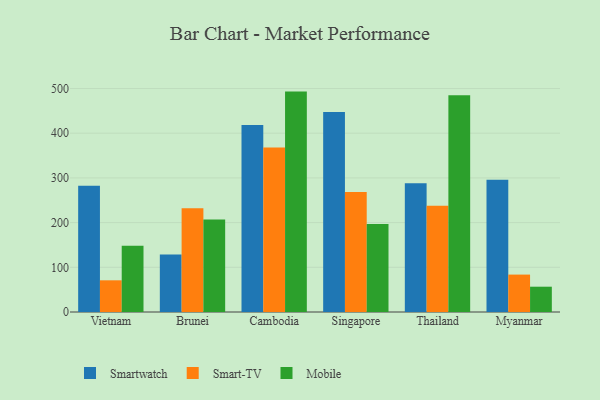
{"axis": {"x": "Country", "y": "Population (Million)"}, "legend": ["Mobile", "Smart-TV", "Smartwatch"], "data": [{"x": "Vietnam", "y": 282.6, "type": "Smartwatch"}, {"x": "Vietnam", "y": 70.9, "type": "Smart-TV"}, {"x": "Vietnam", "y": 148.5, "type": "Mobile"}, {"x": "Brunei", "y": 128.5, "type": "Smartwatch"}, {"x": "Brunei", "y": 232.0, "type": "Smart-TV"}, {"x": "Brunei", "y": 207.1, "type": "Mobile"}, {"x": "Cambodia", "y": 418.4, "type": "Smartwatch"}, {"x": "Cambodia", "y": 368.1, "type": "Smart-TV"}, {"x": "Cambodia", "y": 493.1, "type": "Mobile"}, {"x": "Singapore", "y": 447.7, "type": "Smartwatch"}, {"x": "Singapore", "y": 268.7, "type": "Smart-TV"}, {"x": "Singapore", "y": 197.0, "type": "Mobile"}, {"x": "Thailand", "y": 288.2, "type": "Smartwatch"}, {"x": "Thailand", "y": 237.6, "type": "Smart-TV"}, {"x": "Thailand", "y": 484.7, "type": "Mobile"}, {"x": "Myanmar", "y": 296.0, "type": "Smartwatch"}, {"x": "Myanmar", "y": 83.7, "type": "Smart-TV"}, {"x": "Myanmar", "y": 56.6, "type": "Mobile"}]}